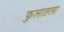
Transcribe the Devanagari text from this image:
फुलातला